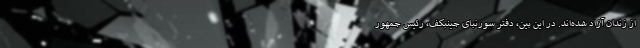
از زندان آزاد شده‌اند. در این بین، دفتر سورنبای جینبکف، رئیس جمهور